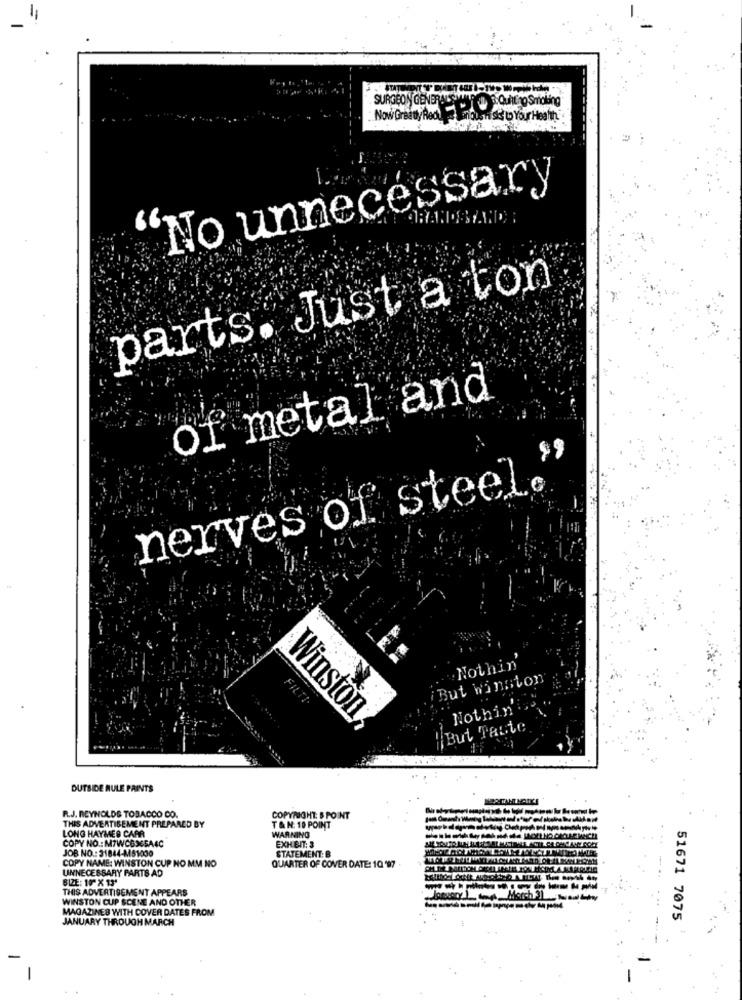
SURGEON GENERALSTEIN . QUANTO Sialing®
Now Greatly Red inbusiness to Your Health
"No unnecessary
parts. Just a ton
of metal and
$9
nerves of steel.
Nothin
But Winston
FILTE
Nothin'
Winston
But Taste
OUTSIDE RULE PAINTS
R.J. REYNOLDS TOBACCO CO.
COPYRIGHT: $ POINT
THIS ADVERTISEMENT PREPARED BY
T &N: 10 POINT
LONG HAYMES CAPR
COPY NO .: M7WCB365A4C
WARNING
EXHEIT: 3
JOB NO .: 31844-M461030
STATEMENT: B
COPY NAME: WINSTON CUP NO MM NO
UNNECESSARY PARTS AD
QUARTER OF COVER DATE: 10 '97
SIZE: 10" X 13'
THIS ADVERTISEMENT APPEARS
--
WINSTON CUP SCENE AND OTHER
MAGAZINES WITH COVER DATES FROM
JANUARY THROUGH MARCH
51671 7075
-